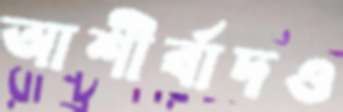
আশীর্বাদও